Report of the Bombay Plague Committee
Disease focus: Plague
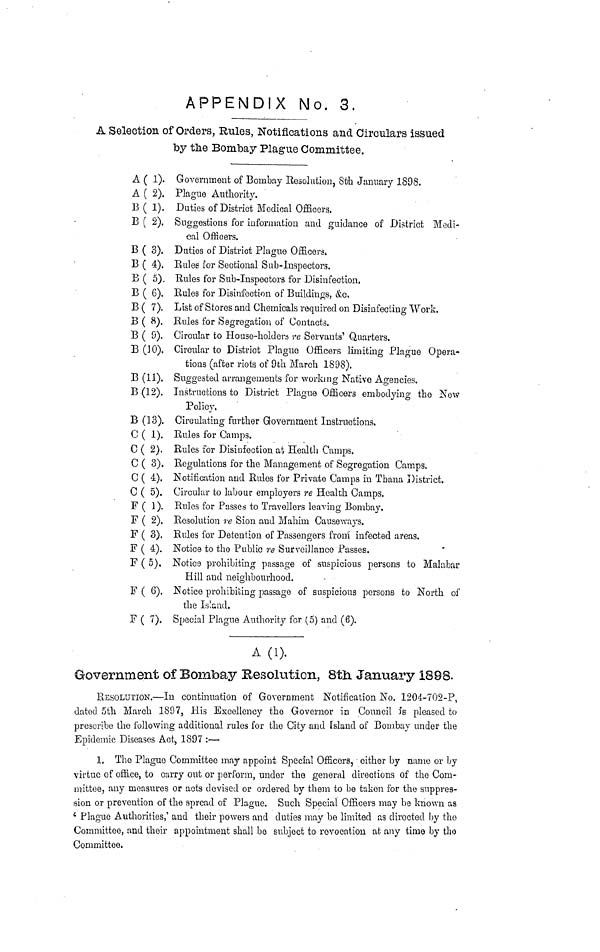
APPENDIX No. 3.
A Selection of Orders, Rules, Notifications and Circulars issued
by tne Bombay Plague Committee.
A ( 1). Government of Bombay Resolution, Si?h January 1898.
A ( 2). Plague Authority.
B ( 1). Duties of District Medical Officers.
B ( 2). Suggestions for information and guidance of District Medi-
cal Officers.
B ( 3). Duties of District Plague Officers.
B ( 4). Rules for Sectional Sub-Inspectors.
B ( 5). Rules for Sub-Inspectors for Disinfection,
B ( 6). Rules for Disinfection of Buildings, &c.
B ( 7). List of Stores and Chemicals required on Disinfecliug Work.
B ( 8). Rules for Segregation of Contacts.
B ( 9). Circular to House-holders re Servants' Quarters.
B (10). Circular to District Plague Officers limiting Plague Opera-
tions (after riots of 9th March 1898).
B (11). Suggested arrangements for working Native Agencies.
B (12). Instructions to District Plague Officers embodying the New
Policy.
B (13). Circulating further Government Instructions,
C ( 1). Rules for Camps.
C ( 2). Rules for Disinfection at Health Camps.
C ( 3). Regulations for the Management of Segregation Camps.
C ( 4). Notification and Rules for Private Camps in Tbana District.
C ( 5). Circular to labour employers re Health Camps.
F ( 1). Rules for Passes to Travellers leaving Bombay.
F ( 2). Resolution re Sion and Mahiin Causeways.
F ( 3). Rules for Detention of Passengers from infected areas.
F ( 4). Notice to tho Public re Surveillance Passes.
F ( 5). Notice prohibiting passage of suspicious persons to Malabar
Hill and neighbourhood.
F ( 6). Notice prohibiting passage of suspicious persons to North of
the Island.
F ( 7), Special Plague Authority for (5) and (6).
A (1).
Government of Bombay Resolution, Sth January 1898.
RESOLUTION.—In continuation of Government Notification No. 1204-702-P,
dated 5th March 1897, His Excellency the Governor in Council IB pleased to
prescribe tho following additional rules for the City and Island of Bombay under the
Epidemic Diseases Act, 1897 :—
1. The Plague Committee may appoint Special Officers, either by name or by
virtue of office, to curry out or perform, under the general directions of tho Com-
mittee, any measures or acts devised or ordered by them to be taken for the suppres-
sion or prevention of the spread of Plague. Such Special Officers may be known as
4 Plague Authorities,' and their powers and duties may be limited as directed by tho
Committee, and their appointment shall bo subject to revocation at any time by tho
Committee.